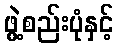
ဖွဲ့စည်းပုံနှင့်